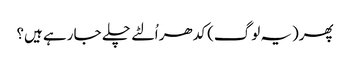
پھر(یہ لوگ) کدھر اُلٹے چلے جا رہے ہیں؟